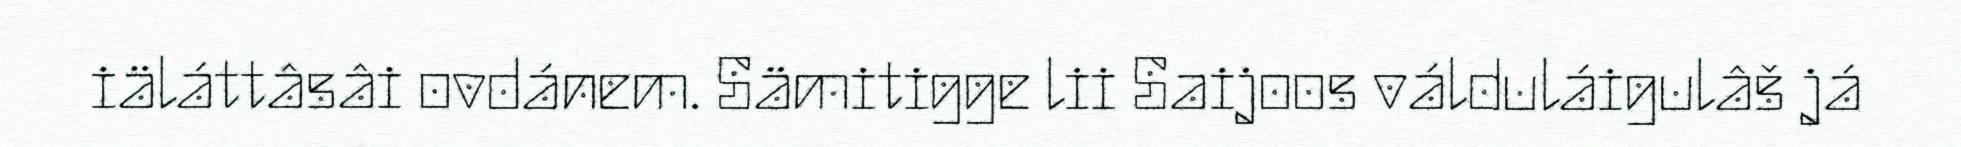
iäláttâsâi ovdánem. Sämitigge lii Saijoos válduláigulâš já